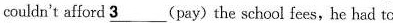
couldn't afford\underline{3}pay) the school fees,he had to